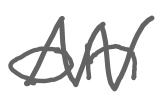
Text: on
Cross-out: zig-zag
Writing tool: digital_gray